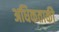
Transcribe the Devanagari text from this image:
अधिकताकी